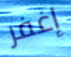
إغفر